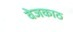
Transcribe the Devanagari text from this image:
वेजकाठ